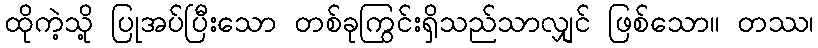
ထိုကဲ့သို့ ပြုအပ်ပြီးသော တစ်ခုကြွင်းရှိသည်သာလျှင် ဖြစ်သော။ တဿ၊